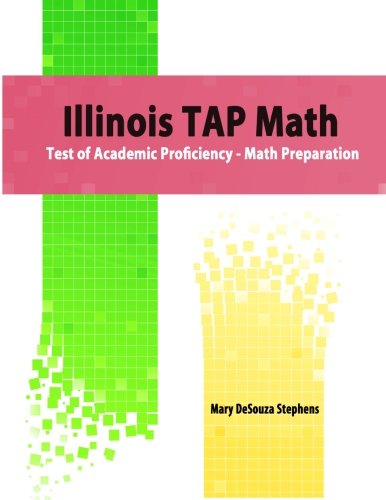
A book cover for Illinois TAP Math: Test of Academic Proficiency - Math Preparation; Mary DeSouza Stephens; Test Preparation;